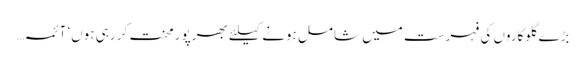
بڑے گلوکاروں کی فہرست میں شامل ہونے کیلئے بھرپو رمحنت کر رہی ہوں‘ آئمہ…